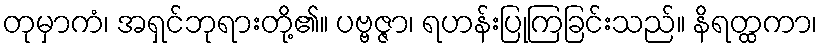
တုမှာကံ၊ အရှင်ဘုရားတို့၏။ ပဗ္ဗဇ္ဇာ၊ ရဟန်းပြုကြခြင်းသည်။ နိရတ္ထကာ၊